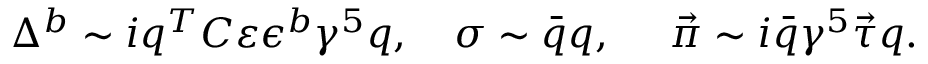
\Delta ^ { b } \sim i q ^ { T } C \varepsilon \epsilon ^ { b } \gamma ^ { 5 } q , ~ ~ ~ \sigma \sim \bar { q } q , ~ ~ ~ ~ \vec { \pi } \sim i \bar { q } \gamma ^ { 5 } \vec { \tau } q .